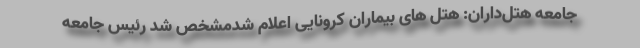
جامعه هتل‌داران: هتل های بیماران کرونایی اعلام شدمشخص شد رئیس جامعه